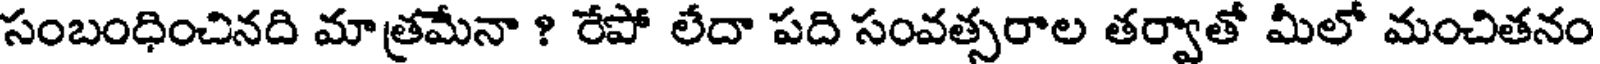
సంబంధించినది మాత్రమేనా ? రేపో లేదా పది సంవత్సరాల తర్వాతో మీలో మంచితనం